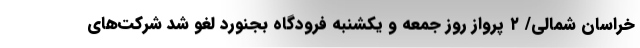
خراسان شمالی/ ۲ پرواز روز جمعه و یکشنبه فرودگاه بجنورد لغو شد شرکت‌های